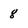
Character: 8